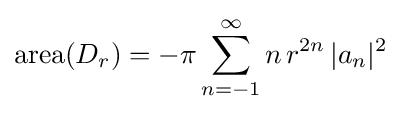
\mathrm {area} (D_{r})=-\pi \sum _{n=-1}^{\infty }n\,r^{2n}\,|a_{n}|^{2}